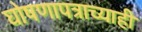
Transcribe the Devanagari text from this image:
घोषणापत्राच्याही